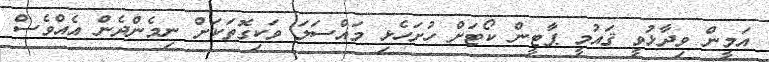
އަމީން ވިދާޅުވީ ޤައުމީ ޕާޓީން ކޯޓަށް ހުށަހެޅި މައްސަލަ ވަކިގޮތަކަށް ނިމެންދެން އެއްވެސް